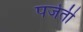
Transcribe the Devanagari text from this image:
पर्जती